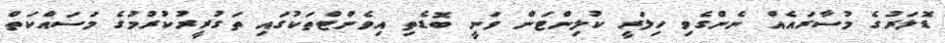
ޑޮލަރުގެ މުސާރައެއް ނެންގެވި ހިލަރީ ކުލިންޓަން ވަނީ ބޮޑެތި އިވެންޓްތަކުގައި ތަގުރީރުކުރުމުގެ މަސައްކަތް